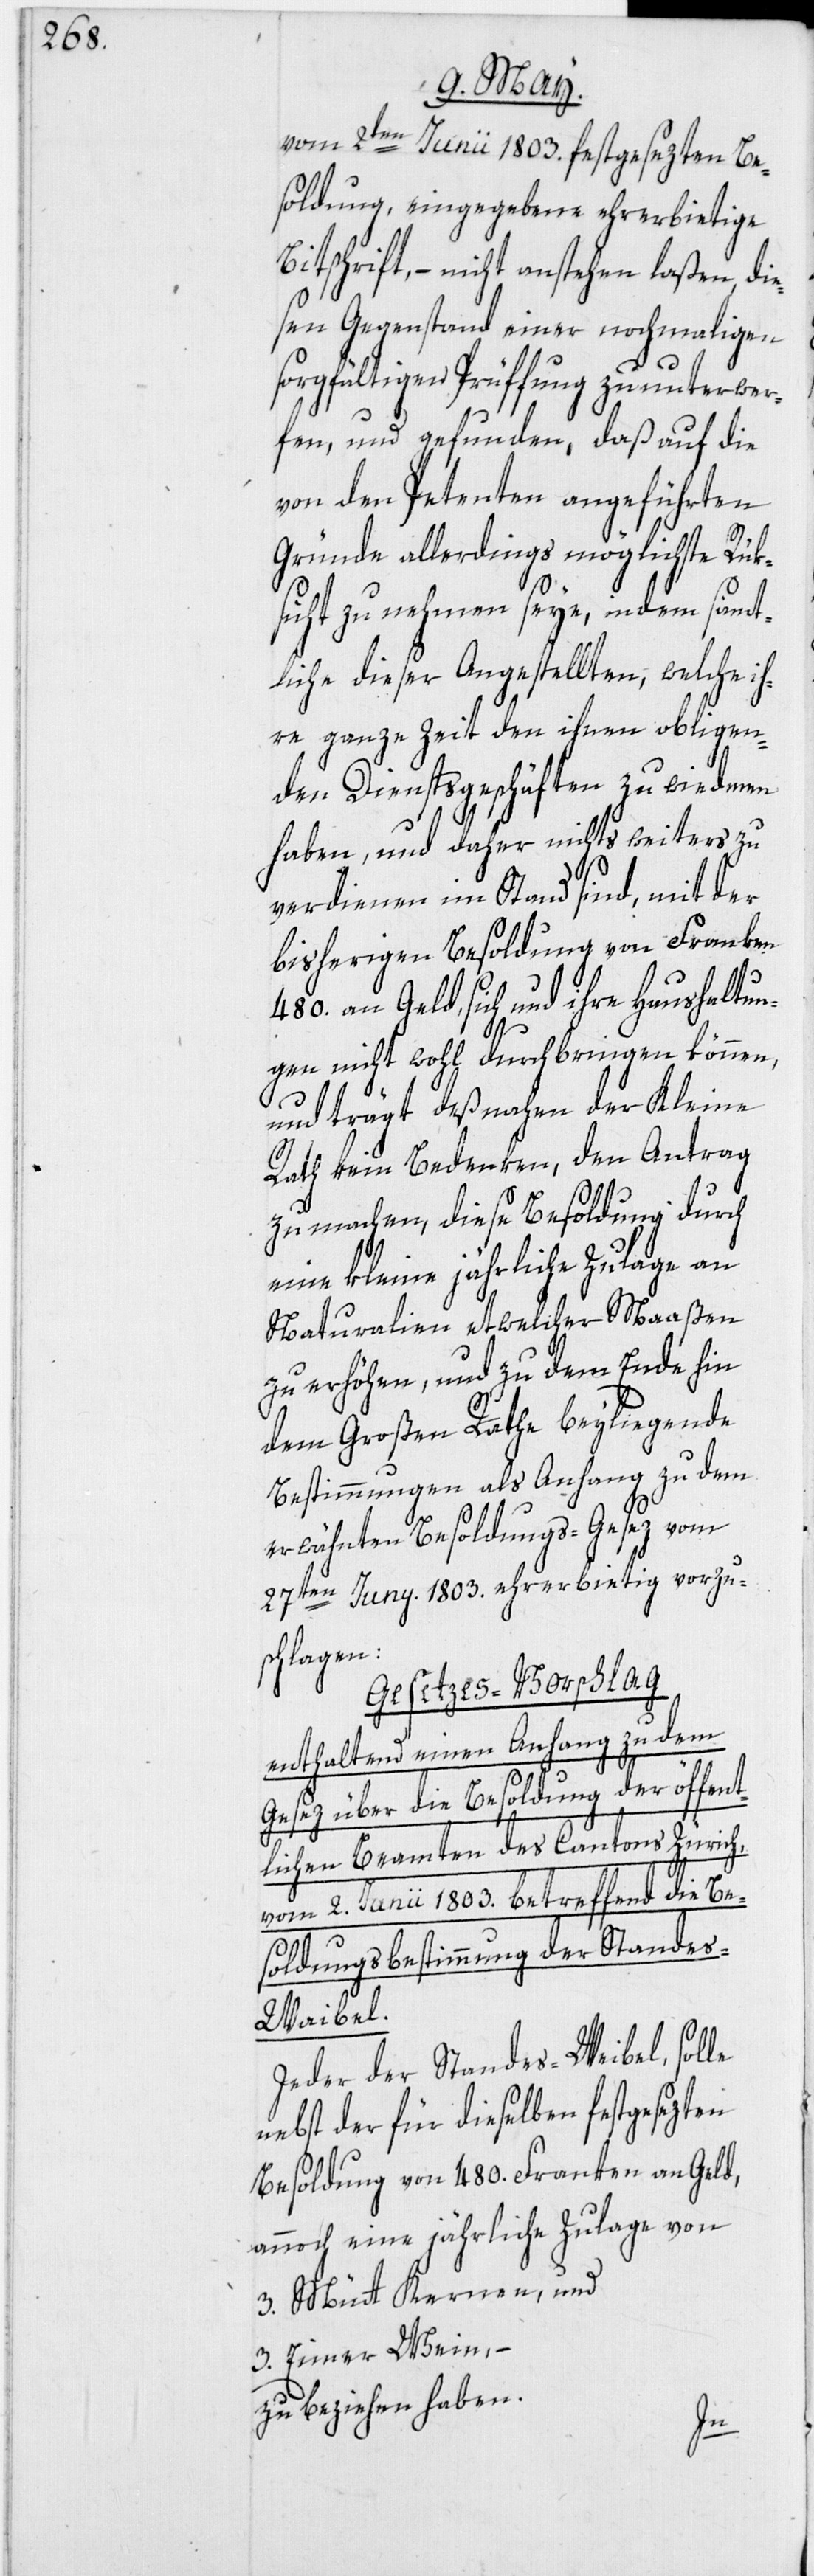
vom 2ten Junii 1803. festgesezten Be¬
soldung, eingegebene ehrerbietige
ttschrift, – nicht anstehen laßen, die¬
sen Gegenstand einer nochmaligen
sorgfältigen Prüffung zu unterwer¬
fen, und gefunden, daß auf die
von den Petenten angeführten
Gründe allerdings möglichste Rük¬
sicht zu nehmen seye, indem sämt¬
liche dieser Angestellten, welche ih¬
re ganze Zeit den ihnen obligen¬
den Dienstsgeschäften zu wiedmen
haben, und daher nichts weiters zu
verdienen im Stand sind, mit der
bisherigen Besoldung von Franken
480. an Geld, sich und ihre Haushaltun¬
gen nicht wohl durchbringen können,
und trägt deßnahen der Kleine
Rath kein Bedenken, den Antrag
zu machen, diese Besoldung durch
eine kleine jährliche Zulage an
Naturalien etwelcher Maaßen
zu erhöhen, und zu dem Ende hin
dem Großen Rathe beyliegende
Bestimmungen als Anhang zu dem
erwähnten Besoldungs-Gesez vom
27ten Juny. 1803. ehrerbietig vorzu¬
schlagen:
Gesezes-Vorschlag
enthaltend einen Anhang zu dem
Gesez über die Besoldung der öffent¬
lichen Beamten des Cantons Zürich,
vom 2. Junii 1803. betreffend die Be¬
soldungsbestimmung der Stande¬
s-Waibel.
Jeder der Standes-Weibel, solle
nebst der für dieselben festgesezten
Besoldung von 480. Franken an Geld,
annoch eine jährliche Zulage von
3. Mütt Kernen, und
3. Eimer Wein, –
zu beziehen haben.
Bi¬